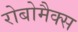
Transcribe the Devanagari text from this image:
रोबोमैक्स